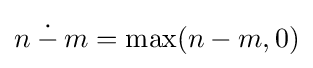
n\mathbin {\dot {-}} m=\max(n-m,0)